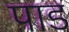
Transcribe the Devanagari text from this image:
पाड